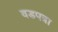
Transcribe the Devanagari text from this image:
वडपत्रा